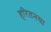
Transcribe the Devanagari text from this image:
हरितनया